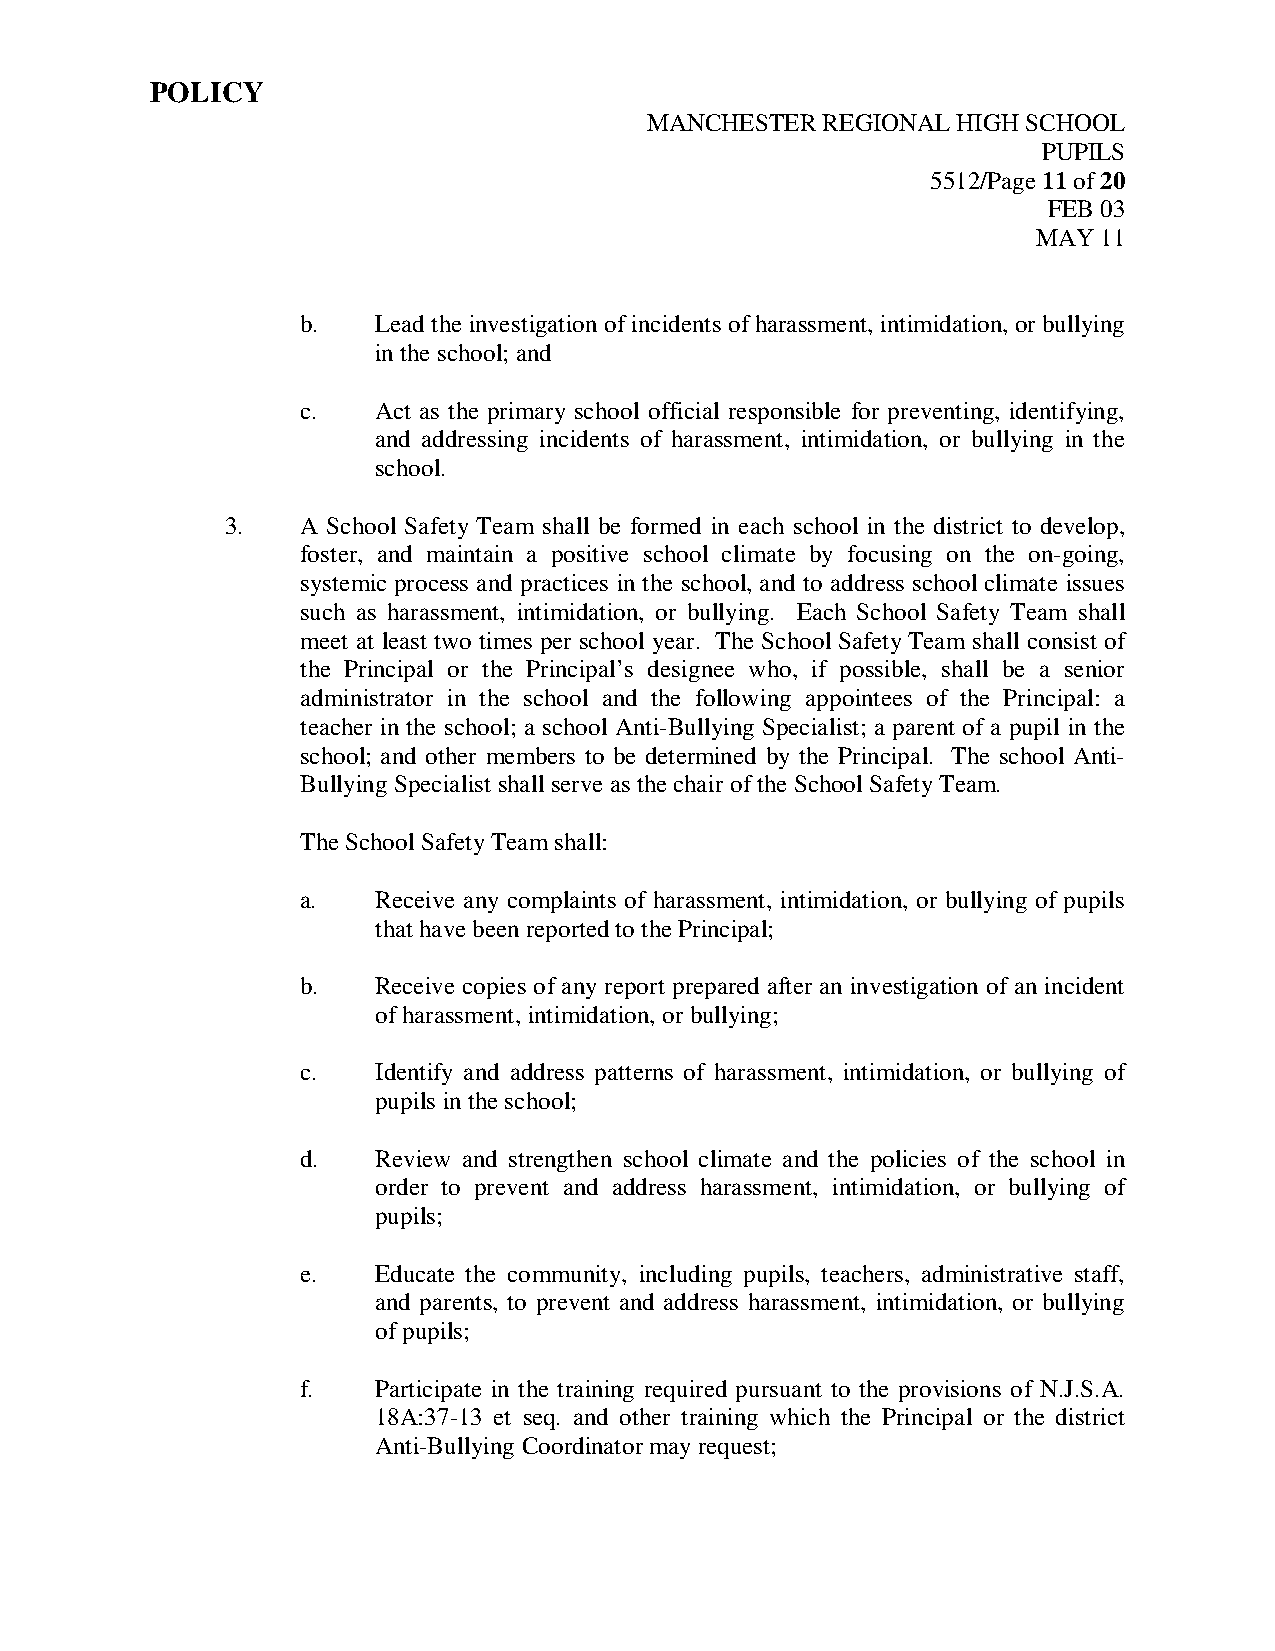
POLICY
 MANCHESTER REGIONAL HIGH SCHOOL
 PUPILS
 5512/Page 11 of 20
 FEB 03
 MAY 11
 b.   Lead the investigation of incidents of harassment, intimidation, or bullying
 in the school; and
 c.   Act as the primary school official responsible for preventing, identifying,
 and addressing incidents of harassment, intimidation, or bullying in the
 school.
 3.   A School Safety Team shall be formed in each school in the district to develop,
 foster, and maintain a positive school climate by focusing on the on-going,
 systemic process and practices in the school, and to address school climate issues
 such as harassment, intimidation, or bullying. Each School Safety Team shall
 meet at least two times per school year. The School Safety Team shall consist of
 the Principal or the Principal’s designee who, if possible, shall be a senior
 administrator in the school and the following appointees of the Principal: a
 teacher in the school; a school Anti-Bullying Specialist; a parent of a pupil in the
 school; and other members to be determined by the Principal. The school Anti-
 Bullying Specialist shall serve as the chair of the School Safety Team.
 The School Safety Team shall:
 a.   Receive any complaints of harassment, intimidation, or bullying of pupils
 that have been reported to the Principal;
 b.   Receive copies of any report prepared after an investigation of an incident
 of harassment, intimidation, or bullying;
 c.   Identify and address patterns of harassment, intimidation, or bullying of
 pupils in the school;
 d.   Review and strengthen school climate and the policies of the school in
 order to prevent and address harassment, intimidation, or bullying of
 pupils;
 e.   Educate the community, including pupils, teachers, administrative staff,
 and parents, to prevent and address harassment, intimidation, or bullying
 of pupils;
 f.   Participate in the training required pursuant to the provisions of N.J.S.A.
 18A:37-13 et seq. and other training which the Principal or the district
 Anti-Bullying Coordinator may request;